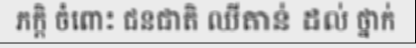
ភក្តិ ចំពោះ ជនជាតិ ឈីតាន់ ដល់ ថ្នាក់